Annual report on the mental hospital in the Central Provinces and Berar (Nagpur) - 1927-1951
Year: 1927
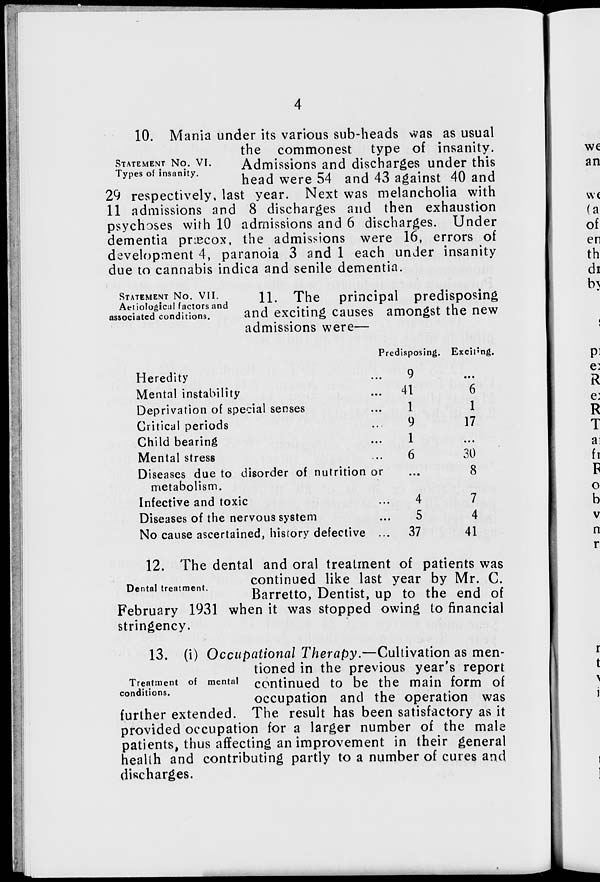
4
STATEMENT No. VI.
Types of insanity.
10. Mania under its various sub-heads was as usual
the commonest type of insanity.
Admissions and discharges under this
head were 54 and 43 against 40 and
29 respectively, last year. Next was melancholia with
11 admissions and 8 discharges and then exhaustion
psychoses with 10 admissions and 6 discharges. Under
dementia præcox, the admissions were 16, errors of
development 4, paranoia 3 and 1 each under insanity
due to cannabis indica and senile dementia.
STATEMENT No. VII.
Aetiological factors and
associated conditions.
11. The principal predisposing
and exciting causes amongst the new
admissions were—
Heredity ...
Mental instability ...
Deprivation of special senses ...
Critical periods ...
Child bearing ...
Mental stress ...
Diseases due to disorder of nutrition or
metabolism.
Infective and toxic ...
Diseases of the nervous system ...
No cause ascertained, history defective ...
Predisposing.
9
41
1
9
1
6
...
4
5
37
Exciting.
...
6
1
17
...
30
8
7
4
41
Dental treatment.
12. The dental and oral treatment of patients was
continued like last year by Mr. C.
Barretto, Dentist, up to the end of
February 1931 when it was stopped owing to financial
stringency.
Treatment of mental
conditions.
13. (i) Occupational Therapy.—Cultivation as men-
tioned in the previous year's report
continued to be the main form of
occupation and the operation was
further extended. The result has been satisfactory as it
provided occupation for a larger number of the male
patients, thus affecting an improvement in their general
health and contributing partly to a number of cures and
discharges.